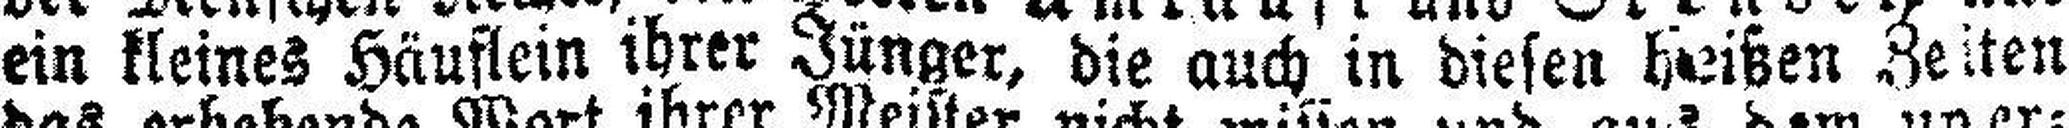
ein kleines Häuflein ihrer Jünger, die auch in diesen heißen Zeiten